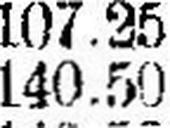
140.50